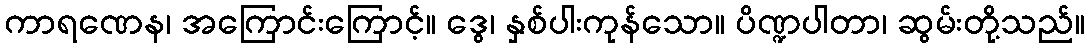
ကာရဏေန၊ အကြောင်းကြောင့်။ ဒွေ၊ နှစ်ပါးကုန်သော။ ပိဏ္ဍပါတာ၊ ဆွမ်းတို့သည်။